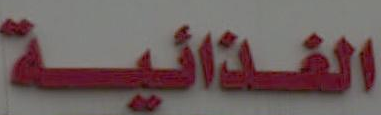
الغذائية